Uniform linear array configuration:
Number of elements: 64
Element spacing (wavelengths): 0.75
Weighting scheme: kaiser
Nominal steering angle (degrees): -15
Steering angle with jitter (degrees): -15.217
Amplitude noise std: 0.05
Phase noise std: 0.05

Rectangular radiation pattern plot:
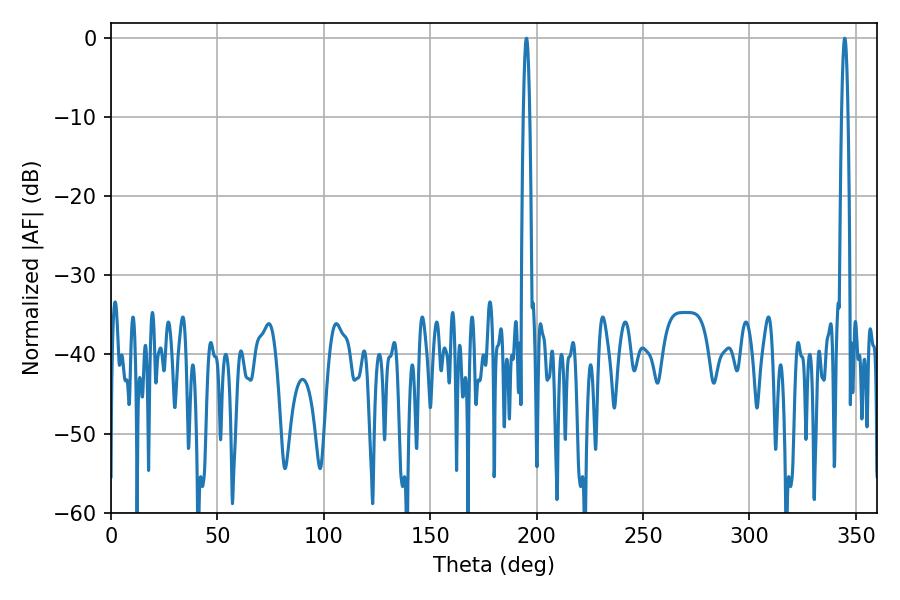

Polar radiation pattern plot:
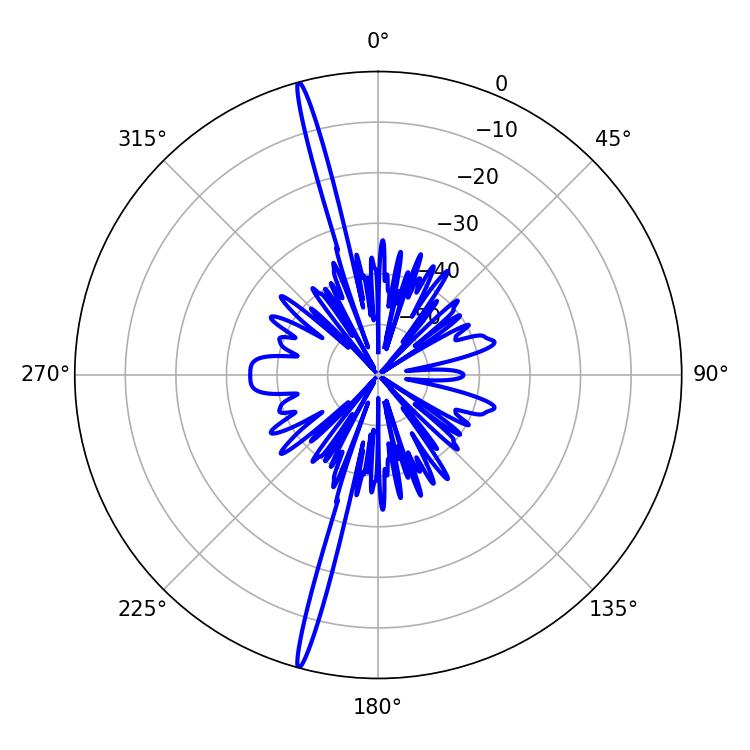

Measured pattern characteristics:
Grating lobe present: TRUE
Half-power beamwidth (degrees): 1.62
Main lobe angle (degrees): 344.7